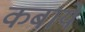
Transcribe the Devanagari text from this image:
कबाये